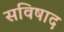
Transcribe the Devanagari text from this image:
सविषाद